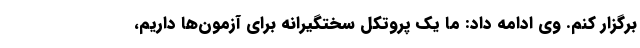
برگزار کنم. وی ادامه داد: ما یک پروتکل سختگیرانه برای آزمون‌ها داریم،